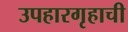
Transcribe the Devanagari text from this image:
उपहारगृहाची